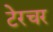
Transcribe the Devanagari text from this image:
टेरचर